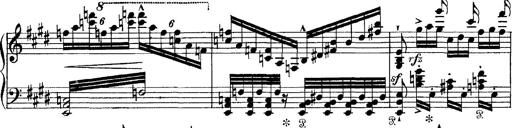
Title: Tarantelle di bravura dâ€™aprÃ¨s la tarantelle de La muette de Portici
Composer: Franz Liszt